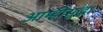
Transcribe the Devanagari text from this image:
आम्हीसुद्धा